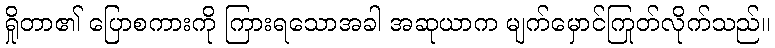
ရှိုတာ၏ ပြောစကားကို ကြားရသောအခါ အဆုယာက မျက်မှောင်ကြုတ်လိုက်သည်။